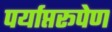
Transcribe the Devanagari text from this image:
पर्याप्तरूपेण